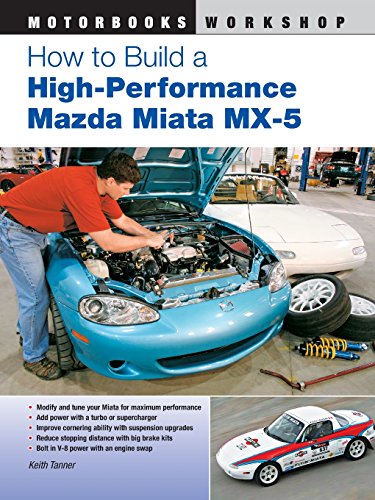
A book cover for How to Build a High-Performance Mazda Miata MX-5 (Motorbooks Workshop); Keith Tanner; Engineering & Transportation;